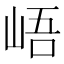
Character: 峿